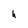
Character: h